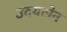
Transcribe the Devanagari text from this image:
उदयसेन